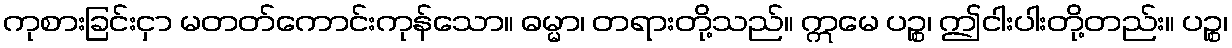
ကုစားခြင်းငှာ မတတ်ကောင်းကုန်သော။ ဓမ္မာ၊ တရားတို့သည်။ ဣမေ ပဉ္စ၊ ဤငါးပါးတို့တည်း။ ပဉ္စ၊